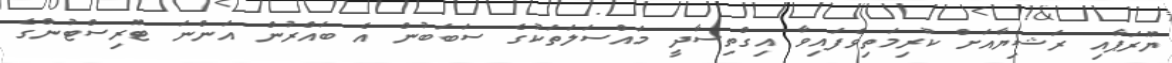
ޔޫރަޕާއި ރަޝިޔާއަށް ކުރިމަތިވެފައިވާ އިގްތިސާދީ މައްސަލަތަކުގެ ސަބަބުން އެ ބައްރުން އަންނަ ޓޫރިސްޓުންގެ